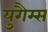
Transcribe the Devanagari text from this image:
युगैम्स